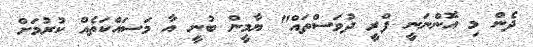
ދެން މި އޮންނަނީ ފްރީ ދުވަސްތައް" ޔާމީން ބުނީ އާ މަސައްކަތެއް ކުރުމަށް